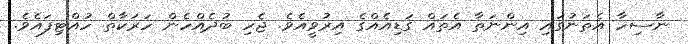
ނާސިހާ އެތަނުގައި އިންނަތާ އެތައް ގަޑިއެއްގެ އިރުވީއެވެ. ޖެހި ބުދެއްހެން ހަރަކާތް ހުއްޓިފައެވެ.